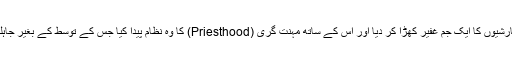
یہی وہ غلط فہمی ہے جس نے بندے اور خدا کے درمیان بہت سے چھوٹے بڑے معبودوں اور سفارشیوں کا ایک جم غفیر کھڑا کر دیا اور اس کے ساتھ مہنت گری (Priesthood) کا وہ نظام پیدا کیا جس کے توسط کے بغیر جاہلی مذاہب کے پیرو پیدائش سے لے کر موت تک اپنی کوئی مذہبی رسم بھی انجام نہیں دے سکتے۔